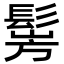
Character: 𩭎